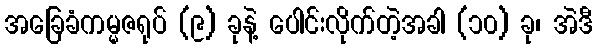
အခြေခံကမ္မဇရုပ် (၉) ခုနဲ့ ပေါင်းလိုက်တဲ့အခါ (၁၀) ခု၊ အဲဒီ